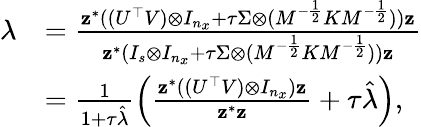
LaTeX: \begin{array}{rl}{\lambda}&{=\frac{\mathbf{z}^{*}((U^{\top}V)\otimes I_{n_{x}}+\tau\Sigma\otimes(M^{-\frac{1}{2}}KM^{-\frac{1}{2}}))\mathbf{z}}{\mathbf{z}^{*}(I_{s}\otimes I_{n_{x}}+\tau\Sigma\otimes(M^{-\frac{1}{2}}KM^{-\frac{1}{2}}))\mathbf{z}}}\\ &{=\frac{1}{1+\tau\hat{\lambda}}\left(\frac{\mathbf{z}^{*}((U^{\top}V)\otimes I_{n_{x}})\mathbf{z}}{\mathbf{z}^{*}\mathbf{z}}+\tau\hat{\lambda}\right),}\end{array}